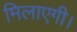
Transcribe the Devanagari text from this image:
मिलाएगी।